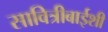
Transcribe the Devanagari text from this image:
सावित्रीबाईशी